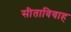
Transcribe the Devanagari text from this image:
सीताविवाह